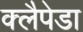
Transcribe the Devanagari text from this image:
क्लैपेडा